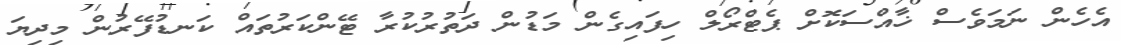
އެހެން ނަމަވެސް ޚާއްސަކޮށް ޕެޓްރޯލް ހިފައިގެން މަޑުން ދަތުރުކުރާ ޓޭންކަރުތައް ކަނޑުފޭރުން މިދިޔަ